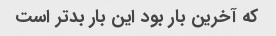
که آخرین بار بود این بار بدتر است